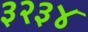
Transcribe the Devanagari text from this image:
३२३४